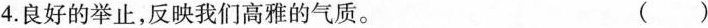
4. 良好的举止，反映我们高雅的气质。 ( )